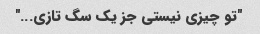
"تو چیزی نیستی جز یک سگ تازی..."